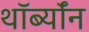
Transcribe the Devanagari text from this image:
थॉर्ब्यॉन